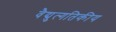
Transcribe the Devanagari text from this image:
वैद्युत्गतिकीय